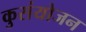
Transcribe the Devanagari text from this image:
कुसंयोजन